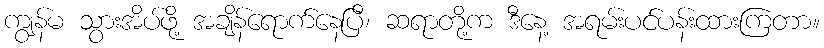
ကျွန်မ သွားအိပ်ဖို့ အချိန်ရောက်နေပြီ၊ ဆရာတို့က ဒီနေ့ အရမ်းပင်ပန်းထားကြတာ။